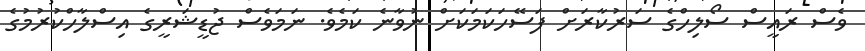
ވެސް ރައީސް ސޯލިހްގެ ސަރުކާރަށް ފަސޭހަކަމަކަށް ނުވާނެ ކަމެވެ. ނަމަވެސް ޖުޑީޝަރީގެ އިސްލާހްކުުރުމުގެ